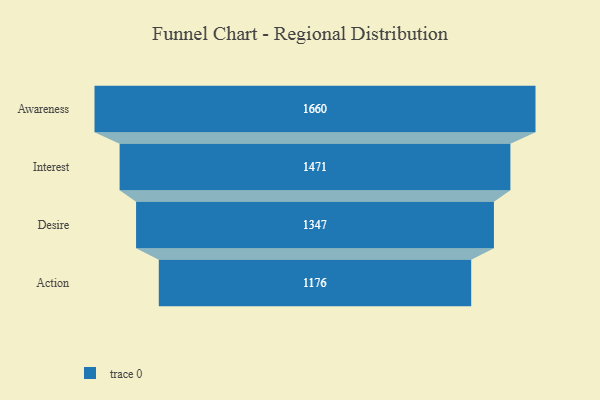
{"axis": {"x": "Stage", "y": "Value"}, "legend": [""], "data": [{"x": "Awareness", "y": 1660.0, "type": ""}, {"x": "Interest", "y": 1471.0, "type": ""}, {"x": "Desire", "y": 1347.0, "type": ""}, {"x": "Action", "y": 1176.0, "type": ""}]}